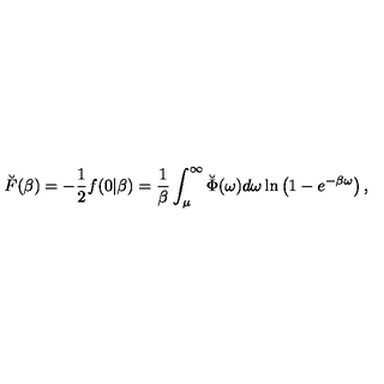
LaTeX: \breve { F } ( \beta ) = - \frac 1 2 f ( 0 | \beta ) = { \frac { 1 } { \beta } } \int _ { \mu } ^ { \infty } \breve { \Phi } ( \omega ) d \omega \ln \left( 1 - e ^ { - \beta \omega } \right) ,